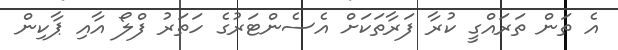
އެ ތަން ތަރައްގީ ކުރާ ފަރާތަކަށް އެސެންޓަރުގެ ހަތަރު ފްލޯ އާއި ޕާކިން